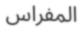
المفراس